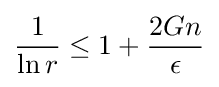
{\frac {1}{\ln {r}}}\leq 1+{\frac {2Gn}{\epsilon }}